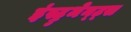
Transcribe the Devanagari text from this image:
इंस्ट्रुमेन्ट्स